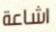
اشاعة